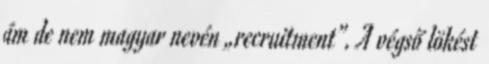
ám de nem magyar nevén „recruitment”. A végső lökést